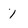
Character: 1